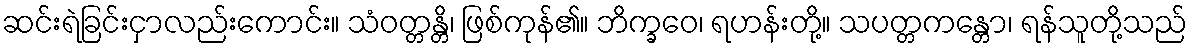
ဆင်းရဲခြင်းငှာလည်းကောင်း။ သံဝတ္တန္တိ၊ ဖြစ်ကုန်၏။ ဘိက္ခဝေ၊ ရဟန်းတို့။ သပတ္တကန္တော၊ ရန်သူတို့သည်